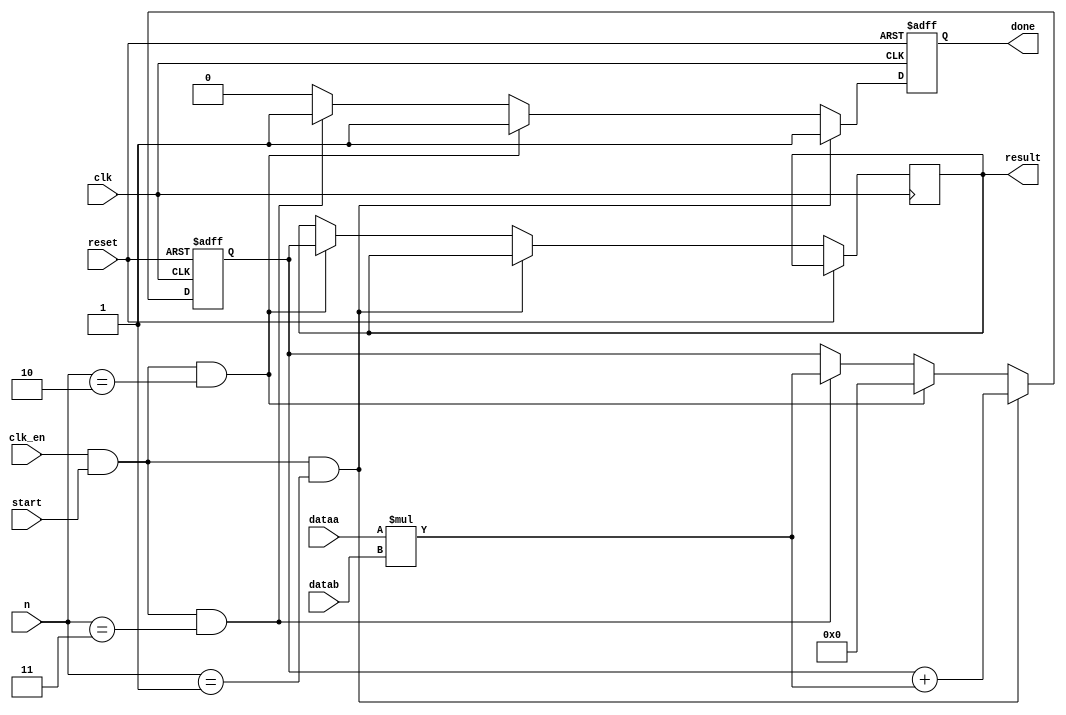
module macci(input  wire  clk,
             input  wire  clk_en,
             input  wire  reset,
             input  wire  [7:0]  n,
             input  wire  start,
             output reg   done,
             input  wire  [31:0] dataa,
             input  wire  [31:0] datab,
             output reg   [31:0] result);

  reg signed [31:0] acc;

  always @(posedge clk or posedge reset)
  begin
    if (reset) 
    begin
      acc <= 32'h0; 
      done <= 1'b0;
    end
    else begin
    done <= 1'b0;
    if (clk_en & start & (n == 8'd1))
        begin
            acc  <= acc + (dataa * datab);
            done <= 1'b1;
        end
    else if (clk_en & start & (n == 8'd2))
        begin
            result <= acc[31:0];
            acc <= 32'h0; 
            done <= 1'b1;
        end
    else if (clk_en & start & (n == 8'd3))
        begin
            acc  <= dataa * datab;
            done <= 1'b1;
        end
    end
end

endmodule